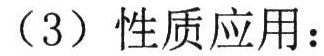
（3）性质应用：